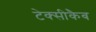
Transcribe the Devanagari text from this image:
टेक्सीकैब